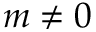
m \neq 0